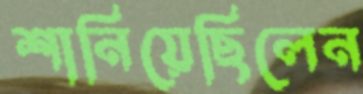
শানিয়েছিলেন